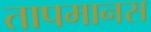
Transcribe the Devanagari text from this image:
तापमानस